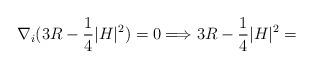
LaTeX: \begin{align*} \nabla_i(3R-\frac{1}{4}|H|^2)=0 \Longrightarrow 3R-\frac{1}{4}|H|^2=\end{align*}